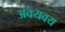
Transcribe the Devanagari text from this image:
अवयवय